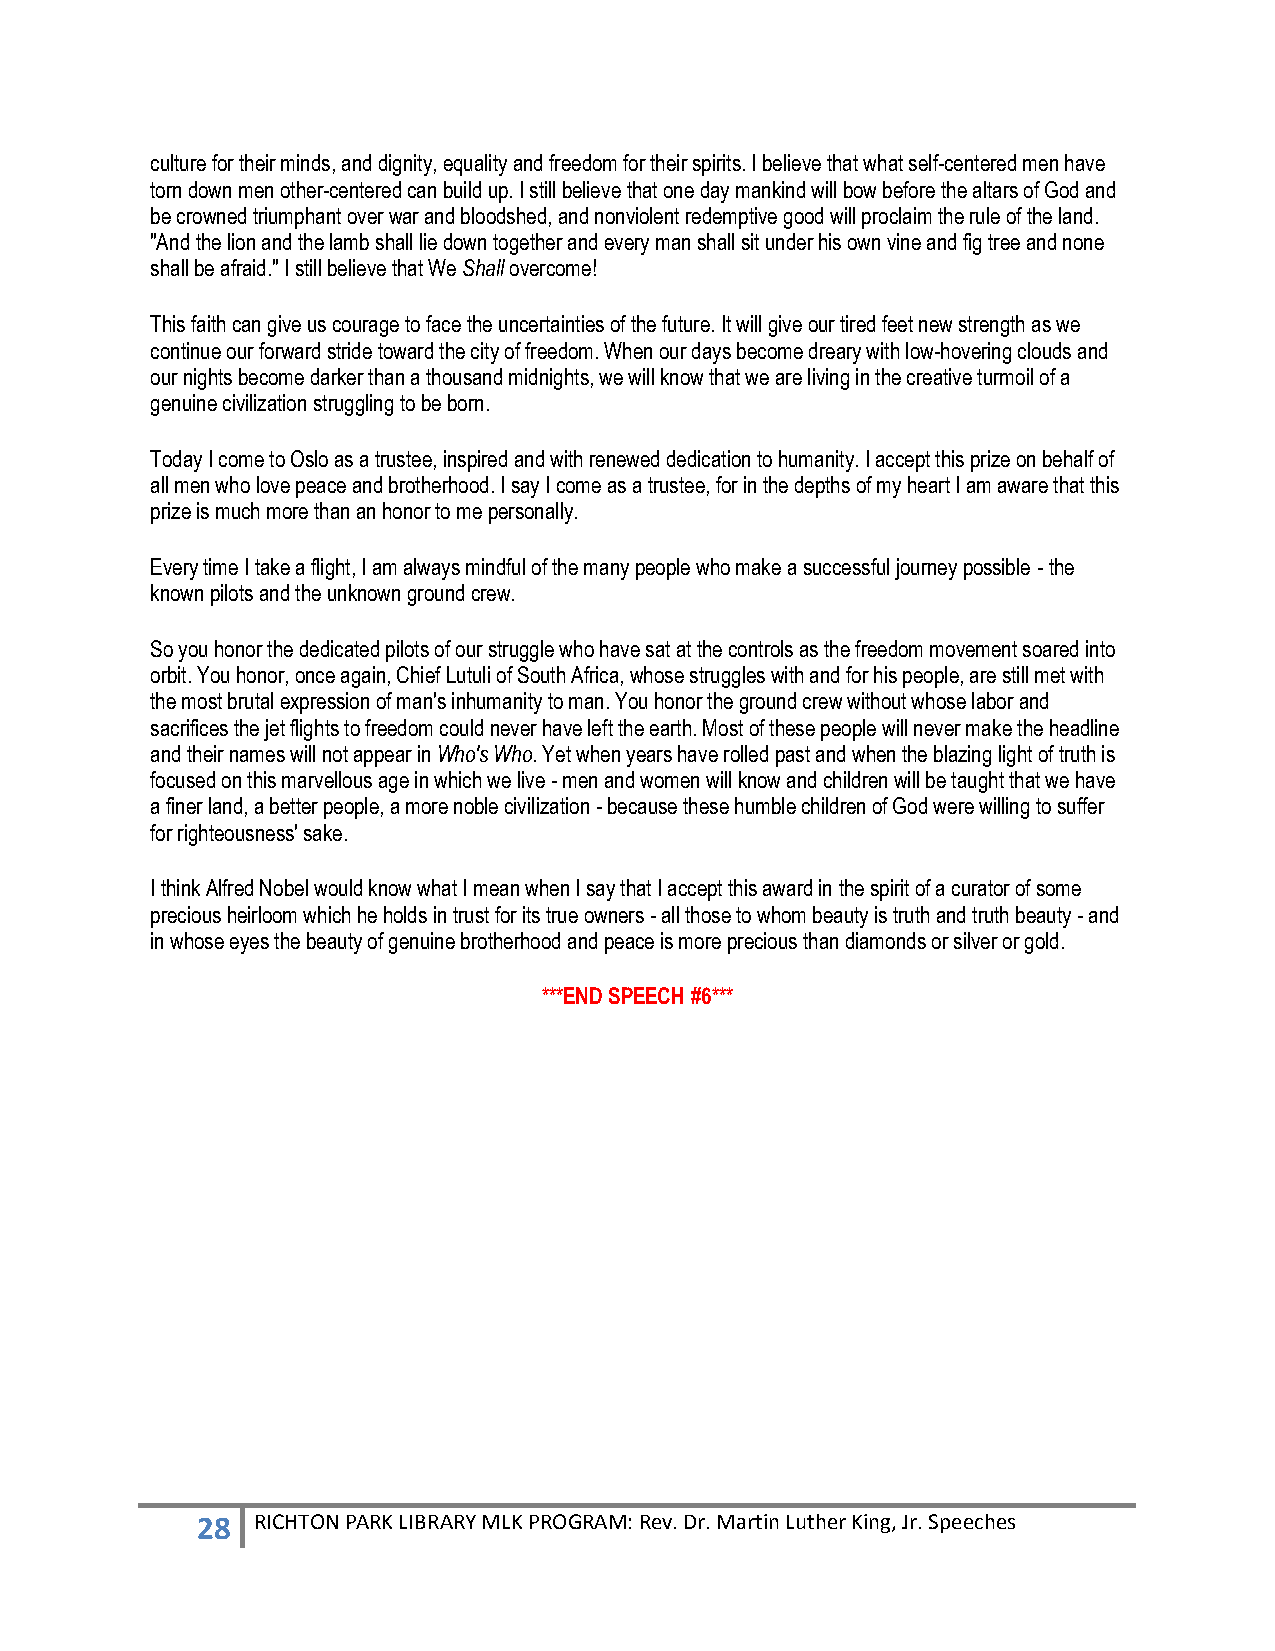
culture for their minds, and dignity, equality and freedom for their spirits. I believe that what self-centered men have
 torn down men other-centered can build up. I still believe that one day mankind will bow before the altars of God and
 be crowned triumphant over war and bloodshed, and nonviolent redemptive good will proclaim the rule of the land.
 "And the lion and the lamb shall lie down together and every man shall sit under his own vine and fig tree and none
 shall be afraid." I still believe that We Shall overcome!
 This faith can give us courage to face the uncertainties of the future. It will give our tired feet new strength as we
 continue our forward stride toward the city of freedom. When our days become dreary with low-hovering clouds and
 our nights become darker than a thousand midnights, we will know that we are living in the creative turmoil of a
 genuine civilization struggling to be born.
 Today I come to Oslo as a trustee, inspired and with renewed dedication to humanity. I accept this prize on behalf of
 all men who love peace and brotherhood. I say I come as a trustee, for in the depths of my heart I am aware that this
 prize is much more than an honor to me personally.
 Every time I take a flight, I am always mindful of the many people who make a successful journey possible - the
 known pilots and the unknown ground crew.
 So you honor the dedicated pilots of our struggle who have sat at the controls as the freedom movement soared into
 orbit. You honor, once again, Chief Lutuli of South Africa, whose struggles with and for his people, are still met with
 the most brutal expression of man's inhumanity to man. You honor the ground crew without whose labor and
 sacrifices the jet flights to freedom could never have left the earth. Most of these people will never make the headline
 and their names will not appear in Who's Who. Yet when years have rolled past and when the blazing light of truth is
 focused on this marvellous age in which we live - men and women will know and children will be taught that we have
 a finer land, a better people, a more noble civilization - because these humble children of God were willing to suffer
 for righteousness' sake.
 I think Alfred Nobel would know what I mean when I say that I accept this award in the spirit of a curator of some
 precious heirloom which he holds in trust for its true owners - all those to whom beauty is truth and truth beauty - and
 in whose eyes the beauty of genuine brotherhood and peace is more precious than diamonds or silver or gold.
 ***END SPEECH #6***
 28  RICHTON PARK LIBRARY MLK PROGRAM: Rev. Dr. Martin Luther King, Jr. Speeches